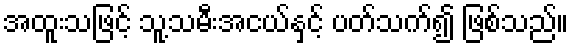
အထူးသဖြင့် သူ့သမီးအငယ်နှင့် ပတ်သက်၍ ဖြစ်သည်။